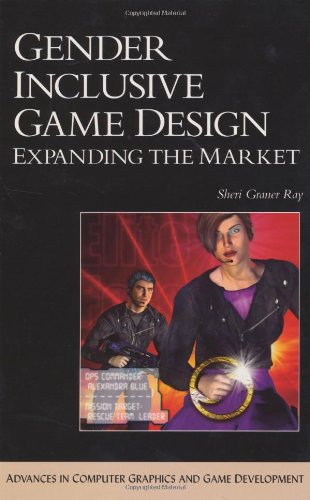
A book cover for Gender Inclusive Game Design: Expanding The Market (Charles River Media Game Development); Sheri Graner Ray; Computers & Technology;